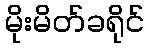
မိုးမိတ်ခရိုင်